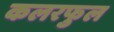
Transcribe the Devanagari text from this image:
कलरफुल